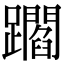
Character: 𨇝